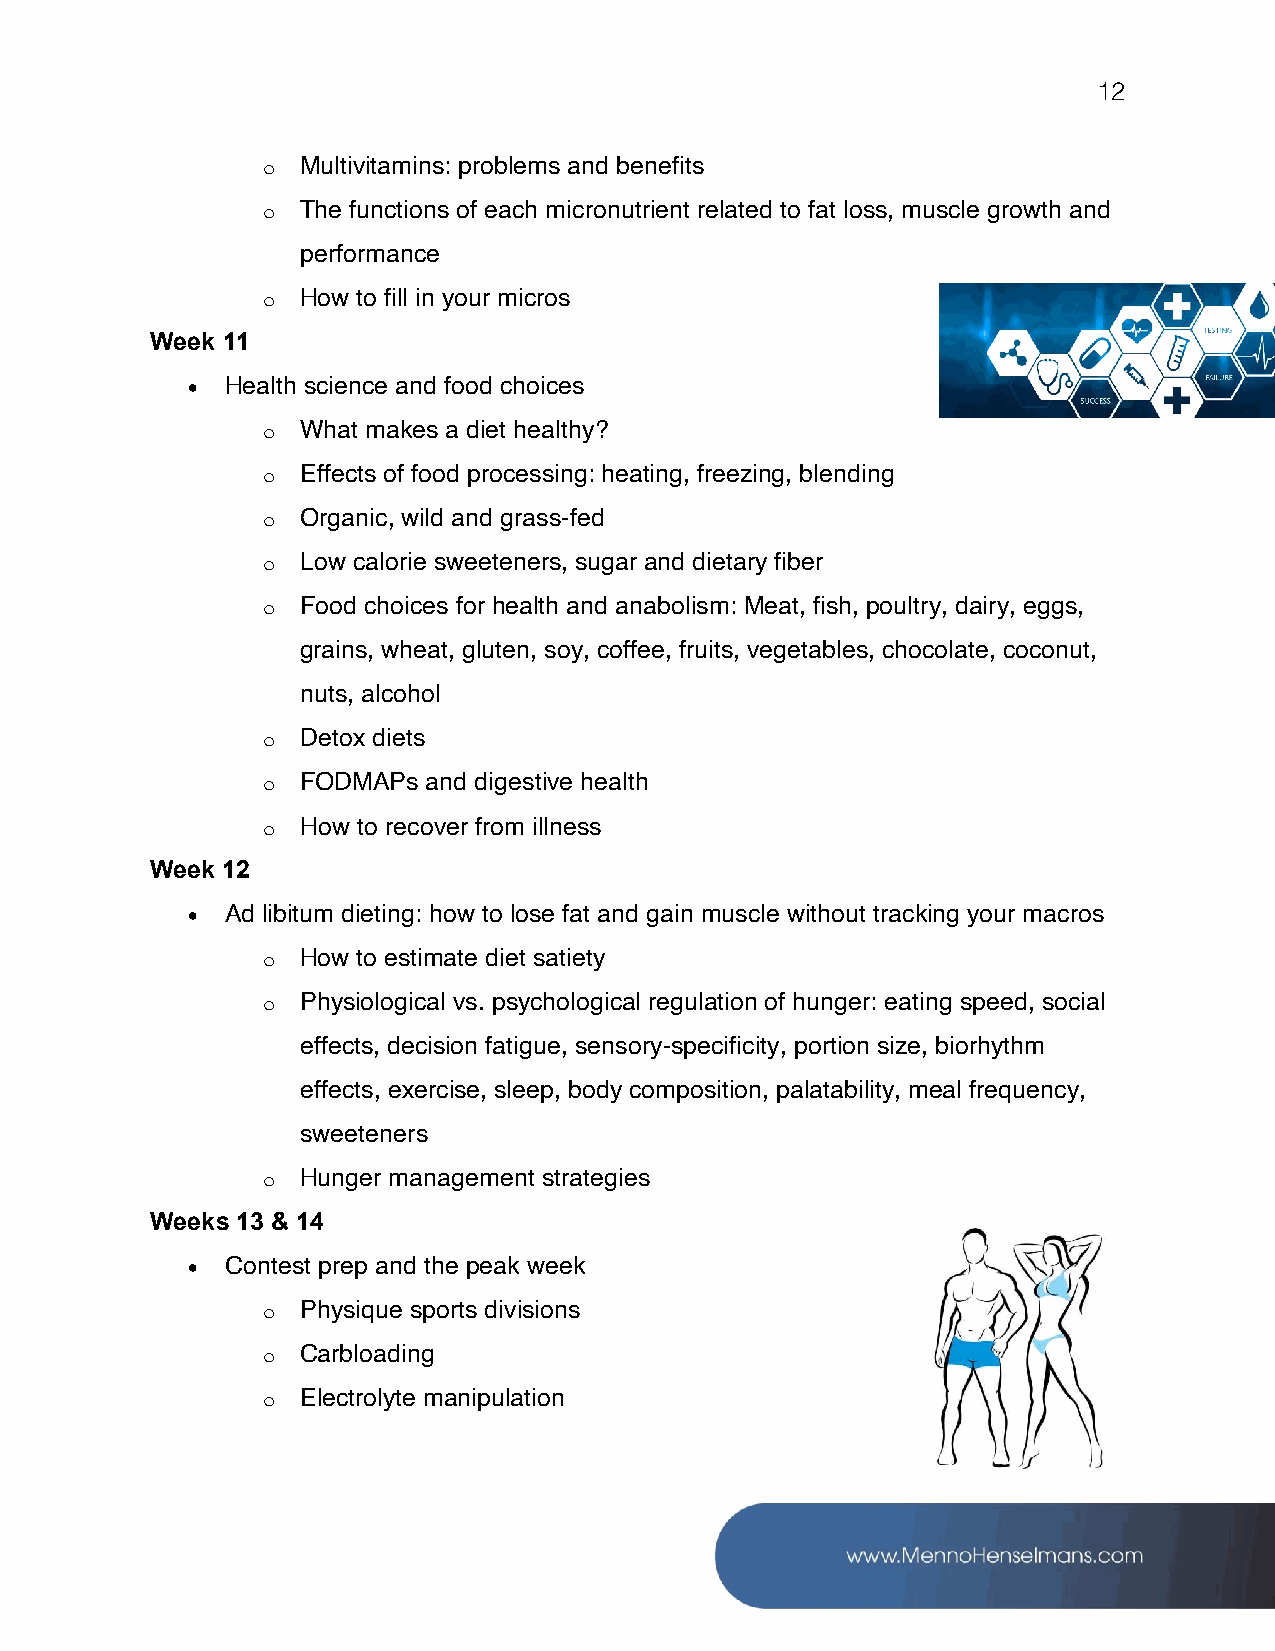
12
 o  Multivitamins: problems and benefits
 o  The functions of each micronutrient related to fat loss, muscle growth and
 performance
 o  How to fill in your micros
 Week 11
 •  Health science and food choices
 o  What makes a diet healthy?
 o  Effects of food processing: heating, freezing, blending
 o  Organic, wild and grass-fed
 o  Low calorie sweeteners, sugar and dietary fiber
 o  Food choices for health and anabolism: Meat, fish, poultry, dairy, eggs,
 grains, wheat, gluten, soy, coffee, fruits, vegetables, chocolate, coconut,
 nuts, alcohol
 o  Detox diets
 o  FODMAPs and digestive health
 o  How to recover from illness
 Week 12
 •  Ad libitum dieting: how to lose fat and gain muscle without tracking your macros
 o  How to estimate diet satiety
 o  Physiological vs. psychological regulation of hunger: eating speed, social
 effects, decision fatigue, sensory-specificity, portion size, biorhythm
 effects, exercise, sleep, body composition, palatability, meal frequency,
 sweeteners
 o  Hunger management strategies
 Weeks 13 & 14
 •  Contest prep and the peak week
 o  Physique sports divisions
 o  Carbloading
 o  Electrolyte manipulation